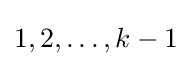
1,2,\dots ,k-1